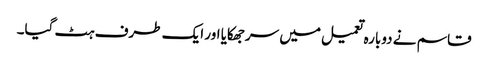
قاسم نے دوبارہ تعمیل میں سرجھکایا اور ایک طرف ہٹ گیا۔